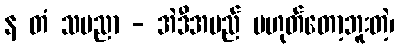
န တံ သမညာ - အဲဒီအမည် မဟုတ်တော့ဘူးတဲ့၊